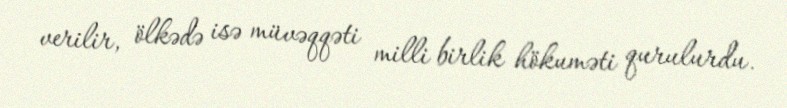
verilir, ölkədə isə müvəqqəti milli birlik hökuməti qurulurdu.